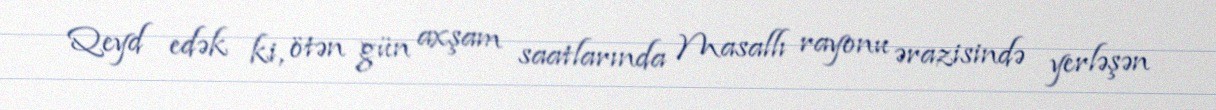
Qeyd edək ki, ötən gün axşam saatlarında Masallı rayonu ərazisində yerləşən